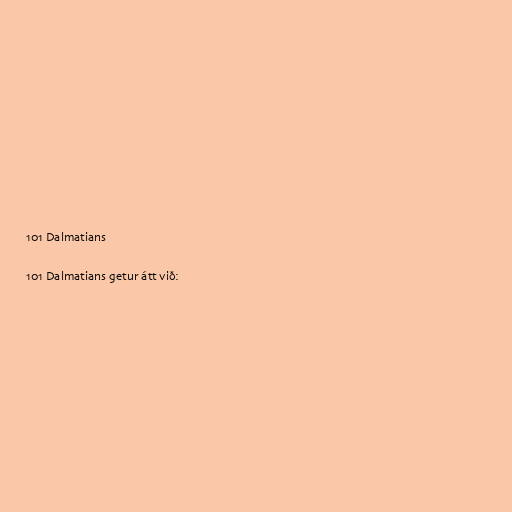
101 Dalmatians

101 Dalmatians getur átt við: